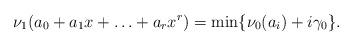
LaTeX: \begin{align*}\nu_1(a_0+a_1x+\ldots+a_rx^r)=\min\{\nu_0(a_i)+i\gamma_0\}.\end{align*}